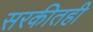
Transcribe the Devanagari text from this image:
सरकीतही